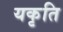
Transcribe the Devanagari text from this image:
यकृति